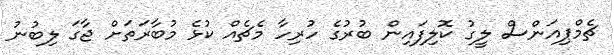
ޗެމްޕިއަންސް ލީގު ކޮލިފައިން ބުރުގެ ހުރިހާ މެޗެއް ކުޅެ މުބާރަތަށް ޖާގަ ލިބުނު